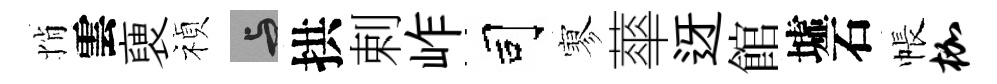
悄雲褏禎与拱剌岞司寥蕐迓館墟石帳枷